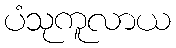
ပံသုကူလာယ